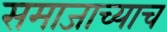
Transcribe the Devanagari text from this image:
समाजाच्याच